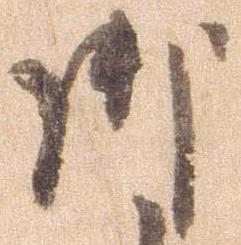
御